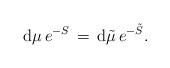
LaTeX: \begin{align*}{\rm d}\mu \, e^{-S} \,= \, {\rm d}{\tilde \mu} \, e^{-{\tilde S}}.\end{align*}